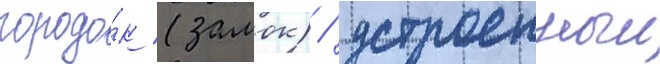
городо́к (замок) / устроенныи